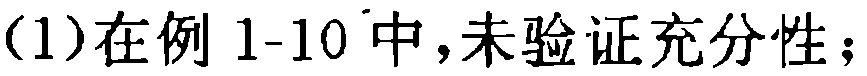
(1)在例 1-10 中,未验证充分性；